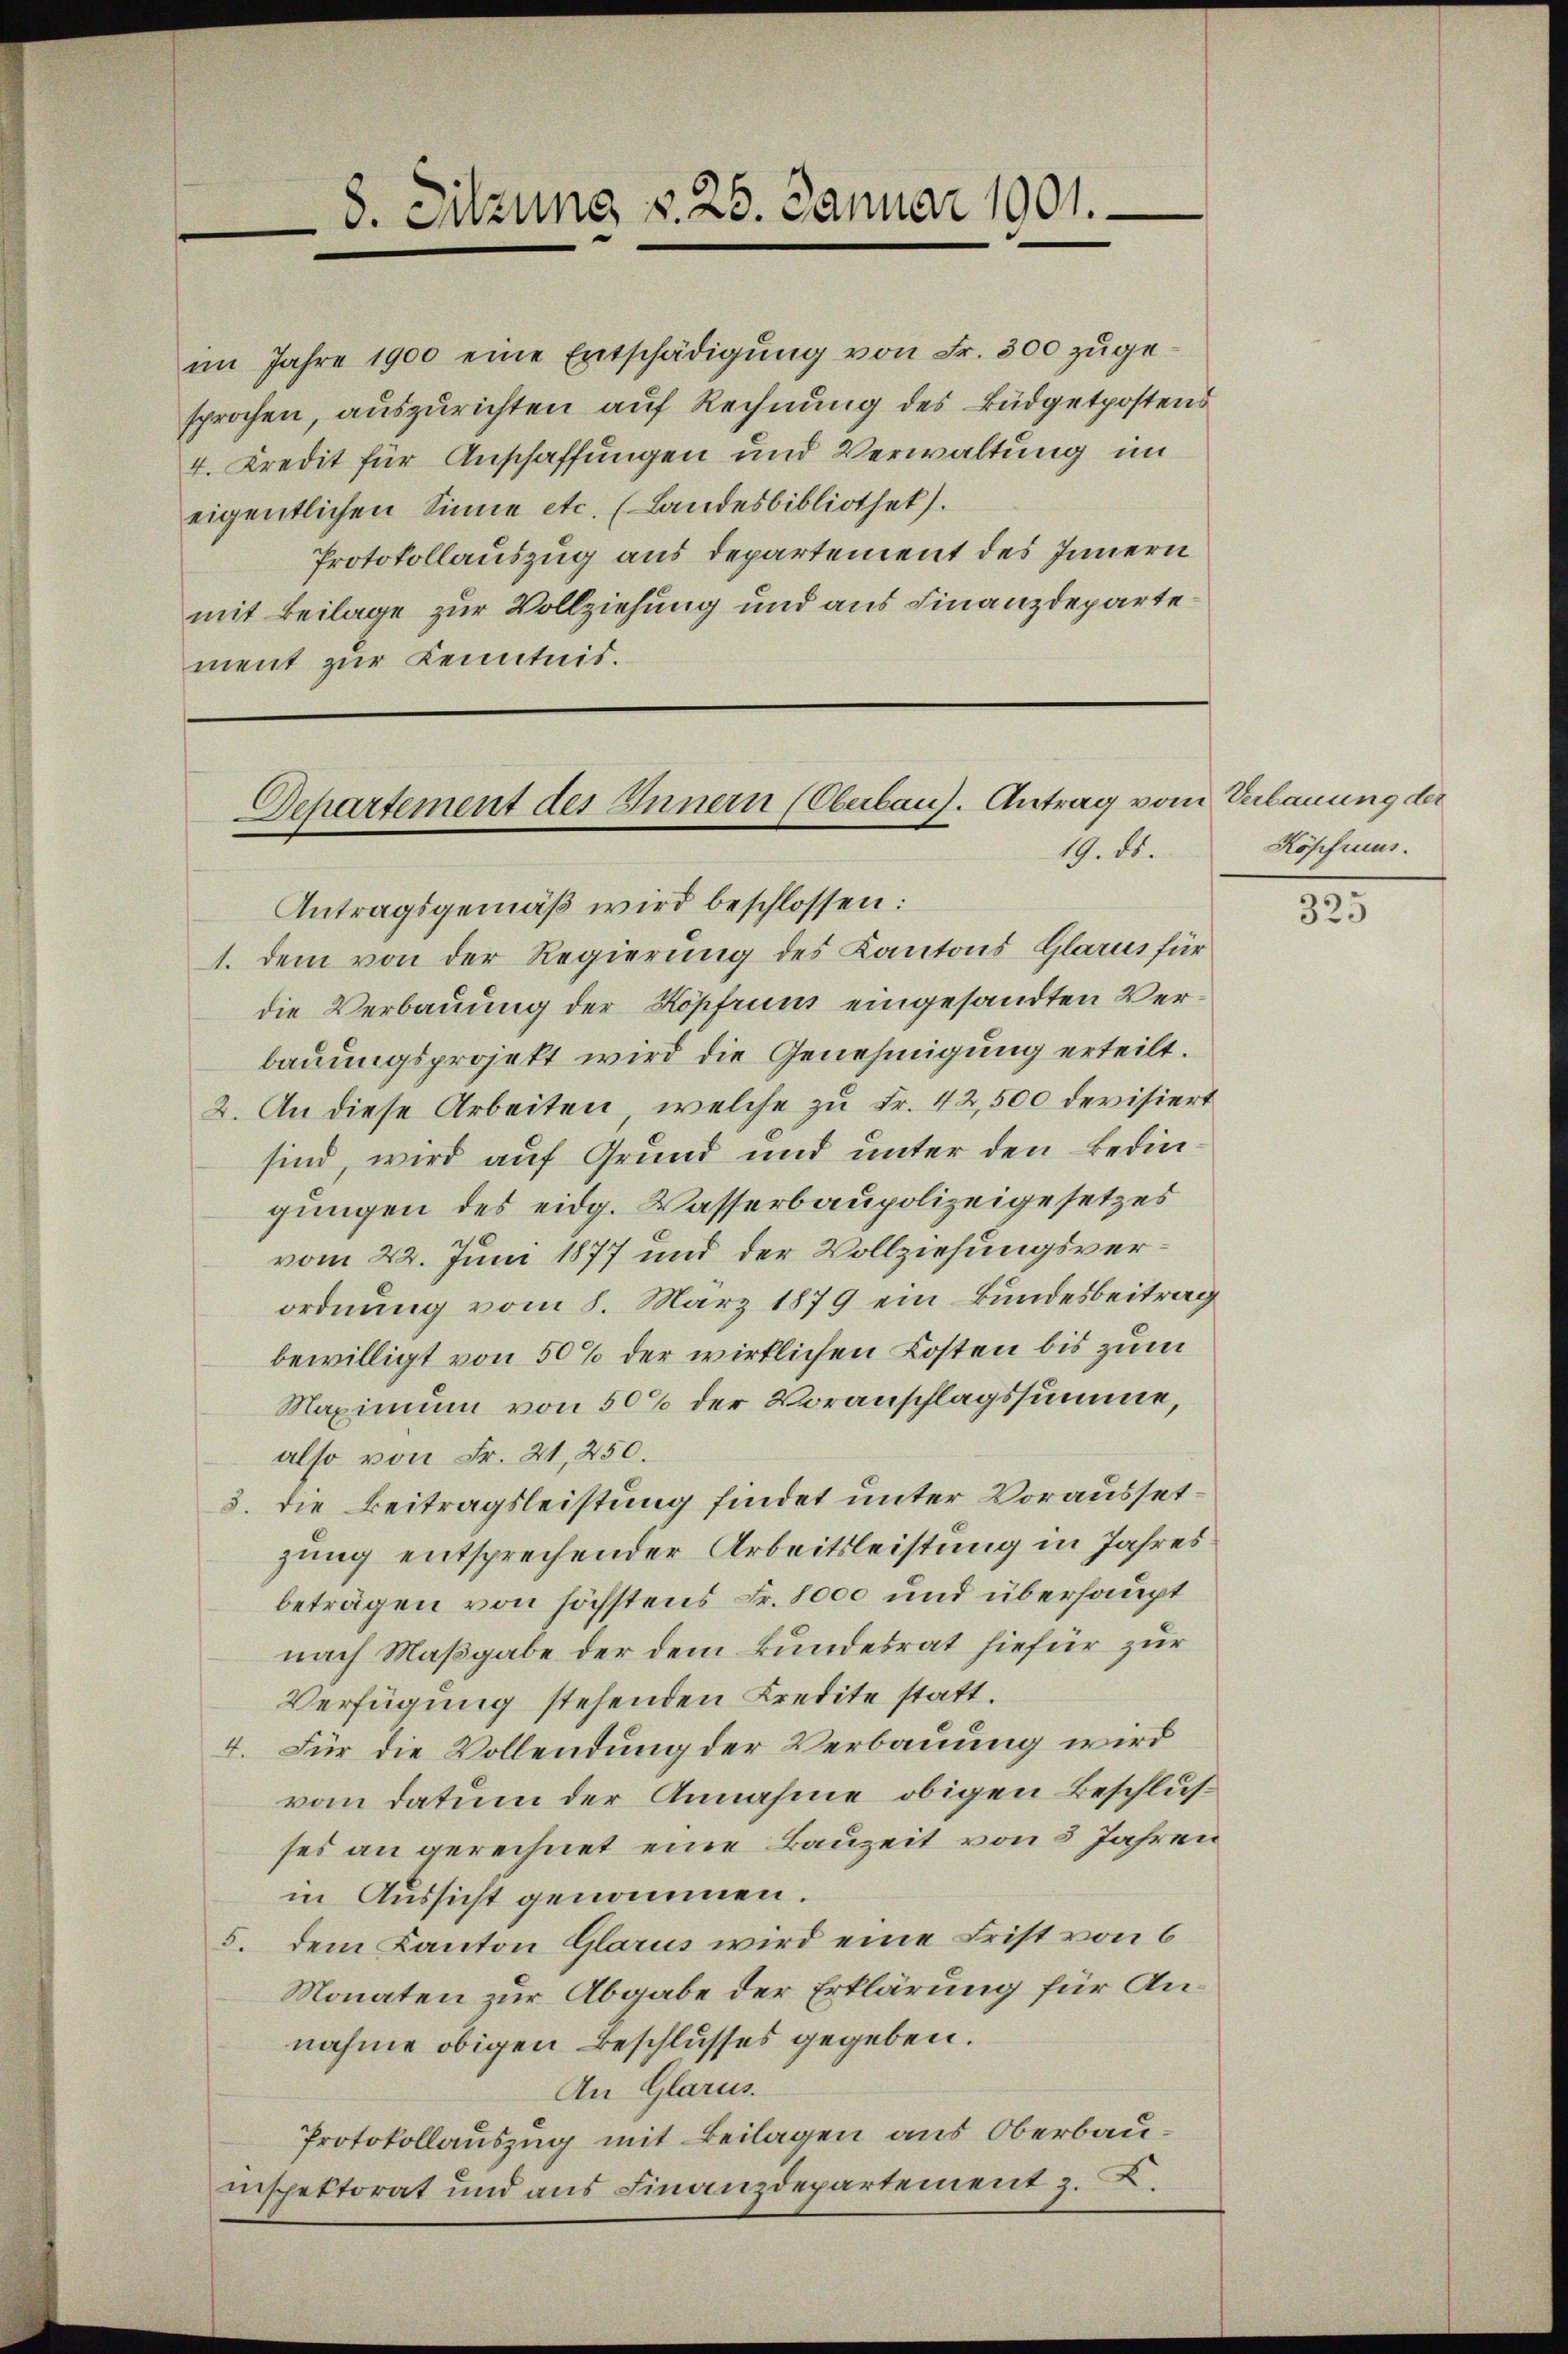
8. Sitzung §. 25. Januar 1901.

im Jahre 1900 eine Entschädigŭng von Fr. 300 zugesprochen, auszurichten auf Rechnung des Büdgetpostens
4. Kredit für Anschaffungen und Verwaltung im
eigentlichen Sinne etc. (Landesbibliothek.
Protokollauszug aus Departement des Innern
mit Beilage zur Vollziehung und aus Finanzdepartement zur Kenntnis.

Departement des Innern (Oberbaus. Antrag von
19. ds.

Antragsgemäß wird beschlossen:
1. dem von der Regierung des Kantons Glarus für
die Verbauung der Kopfruns eingesandten Verbauungsprojekt wird die Genehmigung erteilt.
2. An diese Arbeiten, welche zu Fr. 42,500 devisiert
sind, wird auf Grund und unter den Bedingungen des eidg. Wasserbaupolizeigesetzes
vom 22. Juni 1877 und der Vollziehungsverordnung vom 8. März 1879 ein Bundesbeitrag
bewilligt von 50% der wirklichen Kosten bis zum
Maximum von 50% der Voranschlagssumme,
also von Fr. 21, 250.
3. die Beitragsleistung findet unter Voraussetzung entsprechender Arbeitsleistung in Jahres
beträgen von höchstens Fr. 8000 und überhaupt
nach Maßgabe der dem Bundesrat hiefür zur
Verfügung stehenden Kredite statt.
4. Für die Vollendung der Verbauung wird
vom Datum der Annahme obigen Beschlusses an gerechnet eine Bauzeit von 5 Jahren
in Aussicht genommen.
5. dem Kanton Glarus wird eine Frist von 6
Monaten zur Abgabe der Erklärung für Annahme obigen Beschlusses gegeben.
An Glarus.
Protokollauszug mit Beilagen aus Oberbauinspektorat und aus Finanzdepartement z. B.

Verbauung der
Köpfruus.

325